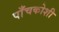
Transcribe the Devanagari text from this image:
पाँचकोशी